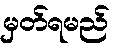
မှတ်ရမည်